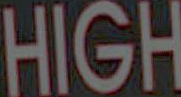
HIGH